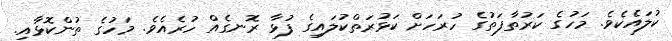
ކުލައެކެވެ. މަހުގެ ކަރުތާފަތުގެ ހުރަހަށް ކަޅުރަތްކުލައިގެ ފުޅާ ރޮނގެއް ހުރެއެވެ. މަހުގެ ތުންކޮޅާއި.